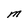
Character: M